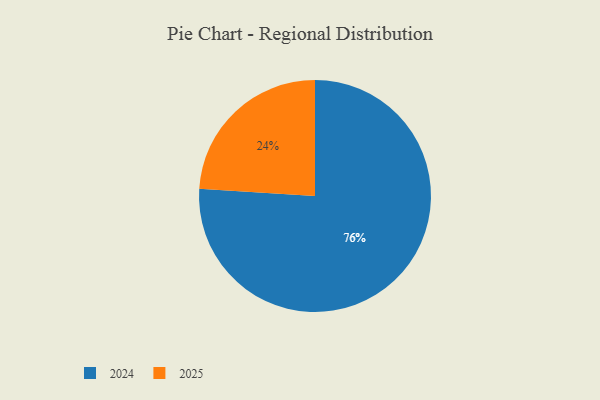
{"axis": {"x": "Category", "y": "Percentage"}, "legend": ["2024", "2025"], "data": [{"x": "2025", "y": 24, "type": "2025"}, {"x": "2024", "y": 76, "type": "2024"}]}